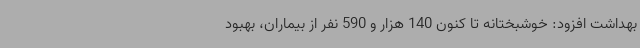
بهداشت افزود: خوشبختانه تا کنون 140 هزار و 590 نفر از بیماران، بهبود